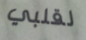
لقلبي